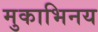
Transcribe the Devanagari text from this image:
मुकाभिनय